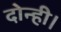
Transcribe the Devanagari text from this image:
दोन्ही।